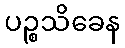
ပဉ္စသိခေန